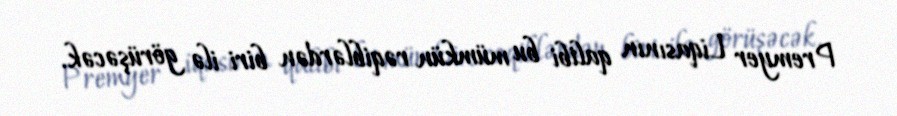
Premyer Liqasının qalibi bu mümkün rəqiblərdən biri ilə görüşəcək.